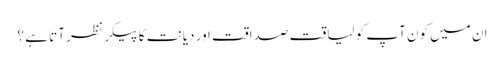
ان میں کون آپ کو لیاقت صداقت اور دیانت کا پیکر نظر آتا ہے ؟